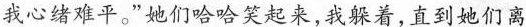
我心绪难平。”她们哈哈笑起来,我躲着,直到她们离